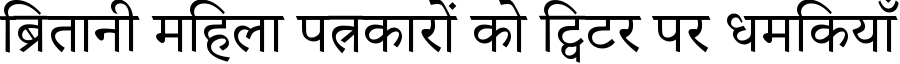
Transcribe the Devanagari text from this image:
ब्रितानी महिला पत्रकारों को ट्विटर पर धमकियाँ